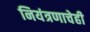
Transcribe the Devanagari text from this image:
नियंत्रणाचेही